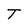
Character: T